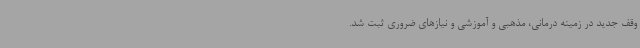
وقف جدید در زمینه درمانی، مذهبی و آموزشی و نیازهای ضروری ثبت شد.